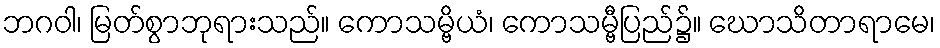
ဘဂဝါ၊ မြတ်စွာဘုရားသည်။ ကောသမ္ဗိယံ၊ ကောသမ္ဗီပြည်၌။ ဃောသိတာရာမေ၊